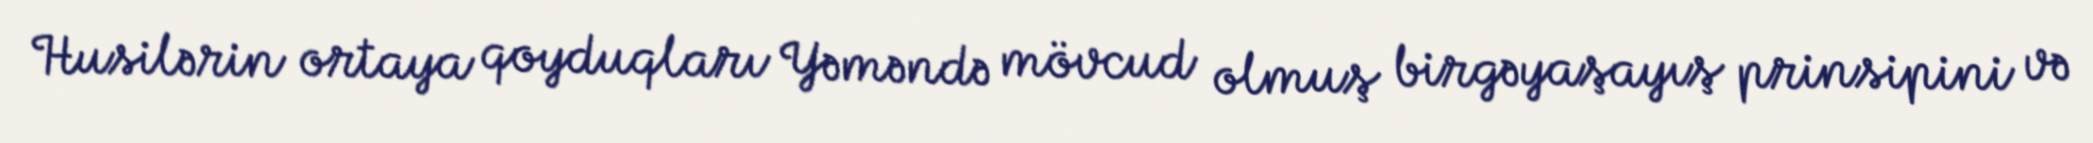
Husilərin ortaya qoyduqları Yəməndə mövcud olmuş birgəyaşayış prinsipini və